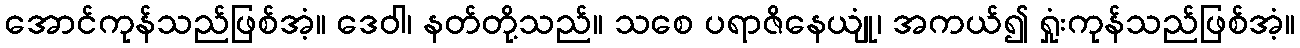
အောင်ကုန်သည်ဖြစ်အံ့။ ဒေဝါ၊ နတ်တို့သည်။ သစေ ပရာဇိနေယျုံ၊ အကယ်၍ ရှုံးကုန်သည်ဖြစ်အံ့။